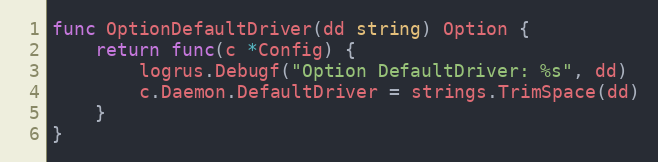
Language: Go
func OptionDefaultDriver(dd string) Option {
	return func(c *Config) {
		logrus.Debugf("Option DefaultDriver: %s", dd)
		c.Daemon.DefaultDriver = strings.TrimSpace(dd)
	}
}